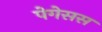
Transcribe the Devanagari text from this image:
पेगेसस